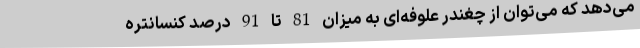
می‌دهد که می‌توان از چغندر علوفه‌ای به میزان 81 تا 91 درصد کنسانتره